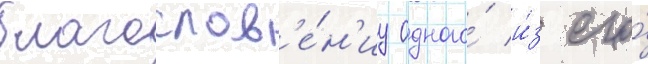
благослов'е́н'иу одного́ и́з его́